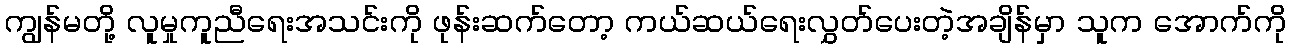
ကျွန်မတို့ လူမှုကူညီရေးအသင်းကို ဖုန်းဆက်တော့ ကယ်ဆယ်ရေးလွှတ်ပေးတဲ့အချိန်မှာ သူက အောက်ကို